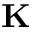
\mathbf { K }